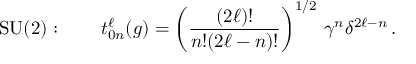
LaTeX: \mathrm { S U ( 2 ) } : \qquad t _ { 0 n } ^ { \ell } ( g ) = \left( \frac { ( 2 \ell ) ! } { n ! { ( 2 \ell - n ) ! } } \right) ^ { 1 / 2 } \, \gamma ^ { n } \delta ^ { 2 \ell - n } \, .